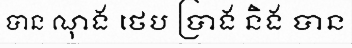
បាន ណុង ថេប ប្រាង និង បាន